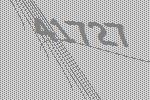
41727